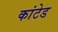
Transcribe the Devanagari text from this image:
कांटेड